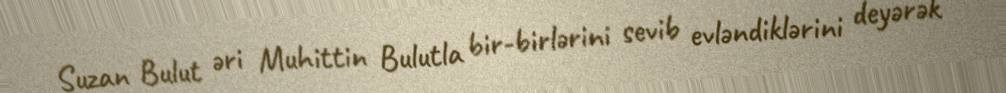
Suzan Bulut əri Muhittin Bulutla bir-birlərini sevib evləndiklərini deyərək